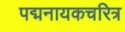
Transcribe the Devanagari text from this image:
पद्मनायकचरित्र